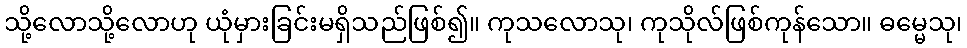
သို့လောသို့လောဟု ယုံမှားခြင်းမရှိသည်ဖြစ်၍။ ကုသလောသု၊ ကုသိုလ်ဖြစ်ကုန်သော။ ဓမ္မေသု၊